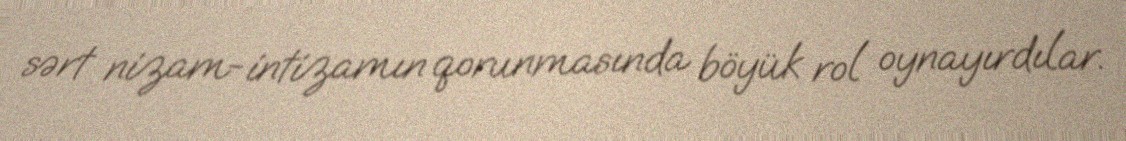
sərt nizam-intizamın qorunmasında böyük rol oynayırdılar.